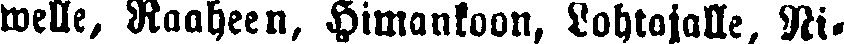
welle, Raaheen, Himankoon, Lohtajalle, Ni-